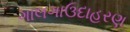
ગાલગાઉદાહરણ